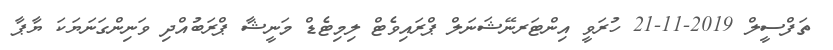
ތަފްސީލް 2019-11-21 ހުރަވީ އިންޓަރނޭޝަނަލް ޕްރައިވެޓް ލިމިޓެޑް މަނީޝާ ޕްރަބުއްދި ވަނިންގަނަޔަކަ ޔާޕާ